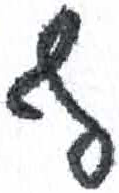
אות: ף